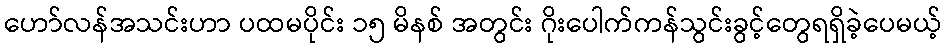
ဟော်လန်အသင်းဟာ ပထမပိုင်း ၁၅ မိနစ် အတွင်း ဂိုးပေါက်ကန်သွင်းခွင့်တွေရရှိခဲ့ပေမယ့်